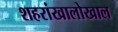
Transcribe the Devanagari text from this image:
शहरांखालोखाल